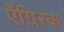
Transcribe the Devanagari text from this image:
ऐंग्लिस्क